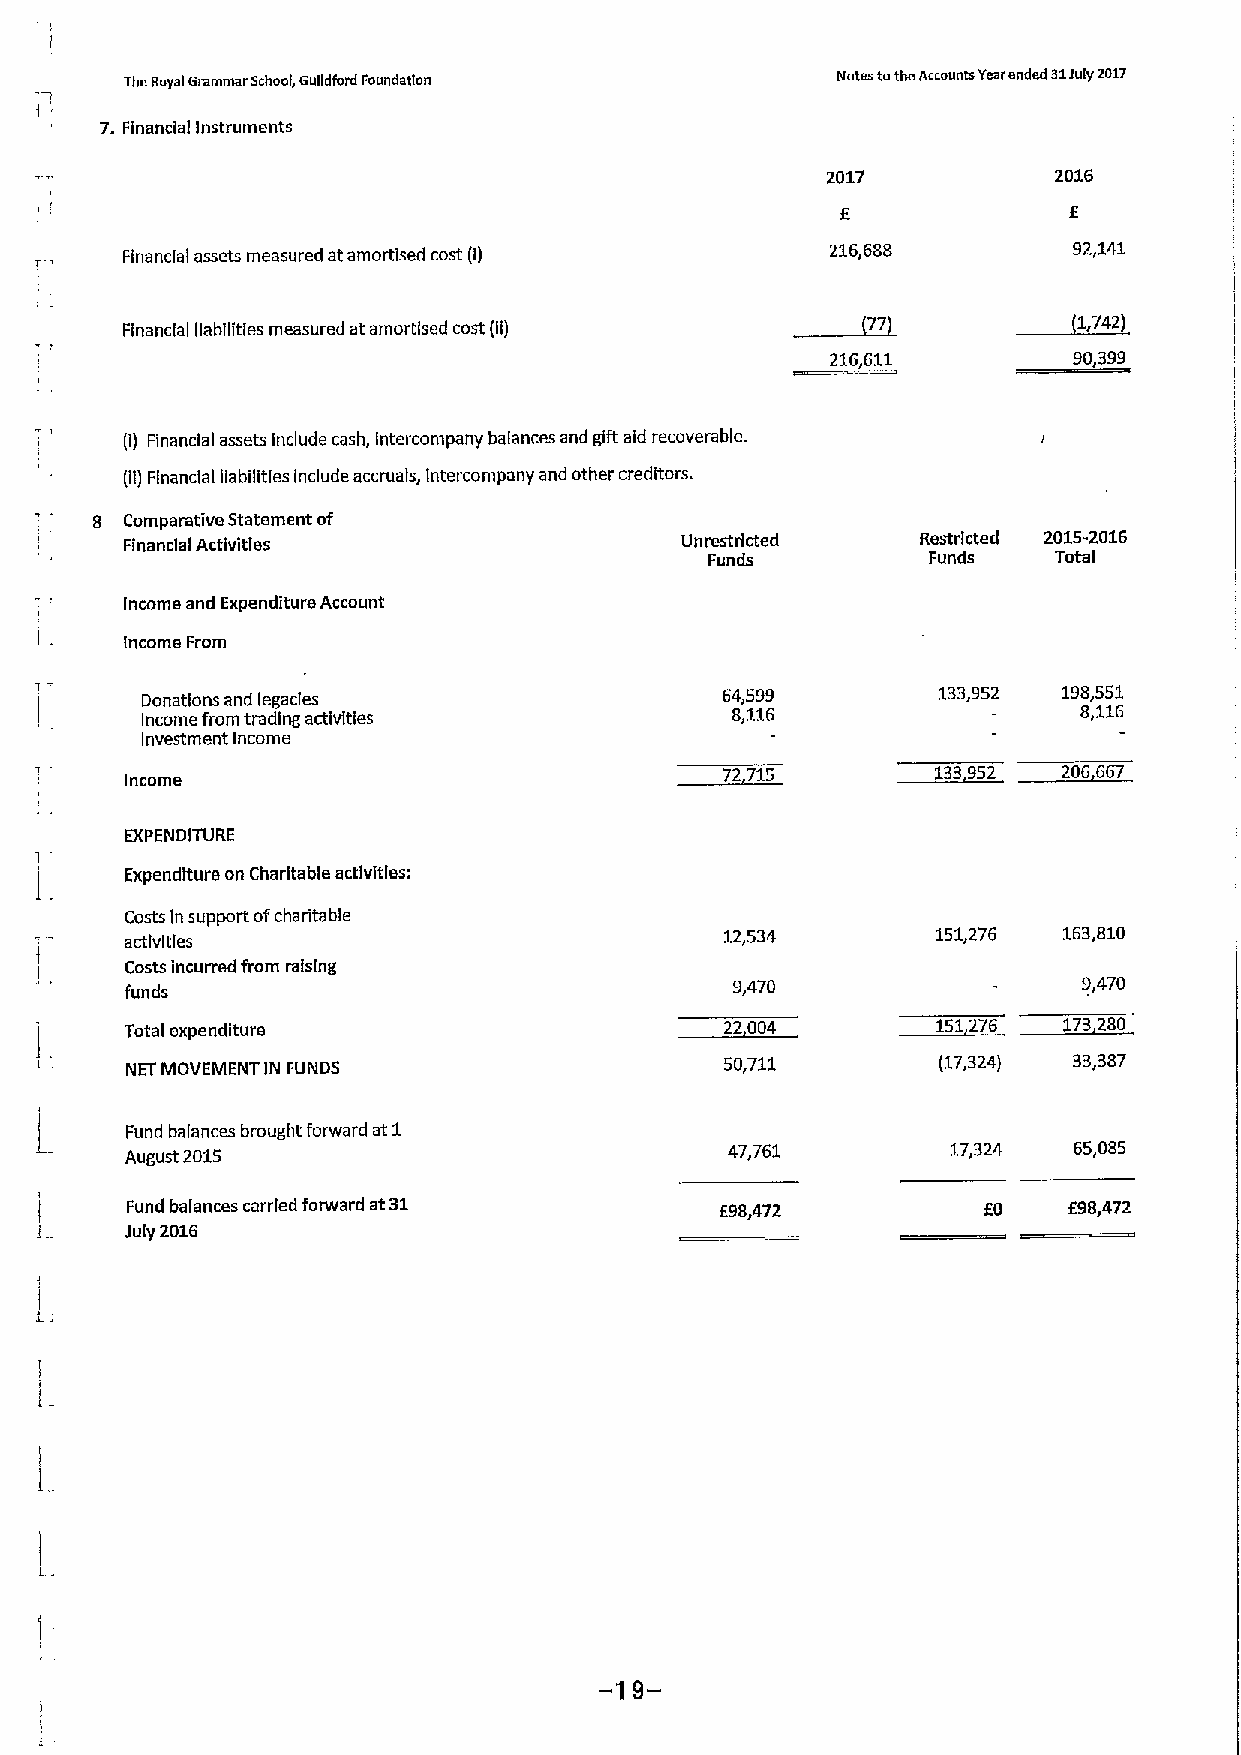
TheRoyal Grammar School, Gulldlord Foundation  Notes totheAccounts Yearended 31July 1011
 7.Financial Instruments
 2017           2016
 Financial assets measured atamortised cost (I) 216,688         92,141
 Financial liabilities measured at amortlsed cost (8)           1,742)
 2,
 11
 (I) Financial assets include cash, Intercompany balances and gift aid recoverable.
 (if) Financial liabilities include accruals, intercompany and other creditors.
 8 Comparative Statement of
 Financial ActivitIes                 Unrestricted    Restricted 2015-2016
 Funds         Funds    Total
 Income and Expenditure Account
 Income From
 Donations and legacies                 64,599        133,952 198,551
 Income from trading activities         8,116                   8,116
 Investment Income                                    1»
 2»1                      22
 Income
 EXPENDITURE
 I
 Expenditure on Charitable activities:
 Costs In support ofcharitable
 activities
 12,534        151,276 163,810
 Costs incurred from raising
 funds
 9,470                  9,470
 1»
 11122
 Totalexpenditure
 NET MDVEIVlENT IN FUNDS
 50,711        (17,324) 33,387
 Fund balances brought forward at 1
 August 2015                             47,761         17,324  65,085
 Fund balances carried forward at31      E98,472          EO    698,472
 i .   July 2016